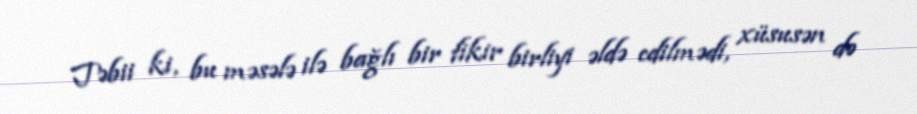
Təbii ki, bu məsələ ilə bağlı bir fikir birliyi əldə edilmədi, xüsusən də